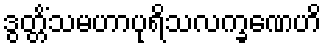
ဒွတ္တိံသမဟာပုရိသလက္ခဏေဟိ